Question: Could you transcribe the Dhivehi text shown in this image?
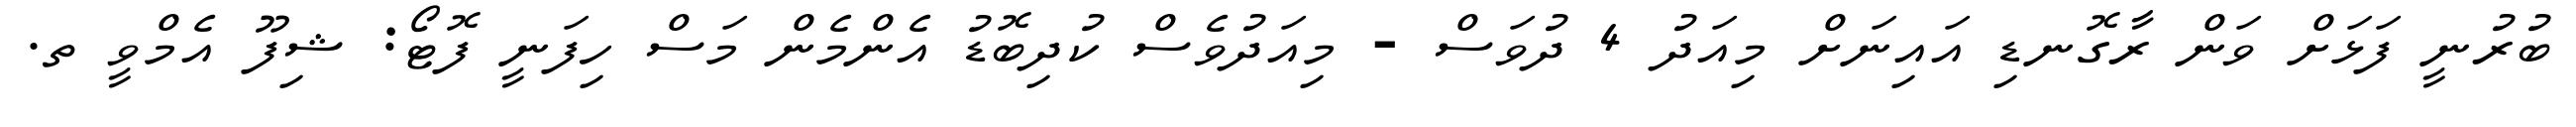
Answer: ބުރުނީ ފަޅަށް ވަން ރާގޮނޑި އައިނަށް މިއަދު 4 ދުވަސް - މިއަދުވެސް ކުދިބޮޑު އެންމެން މަސް ހިފަނީ ފޮޓޯ: ޝިފޫ އެމްވީ ތ.